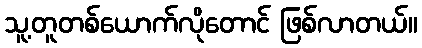
သူ့တူတစ်ယောက်လိုတောင် ဖြစ်လာတယ်။